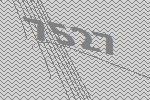
7527